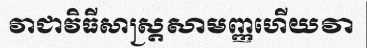
វាជាវិធីសាស្ត្រសាមញ្ញហើយវា